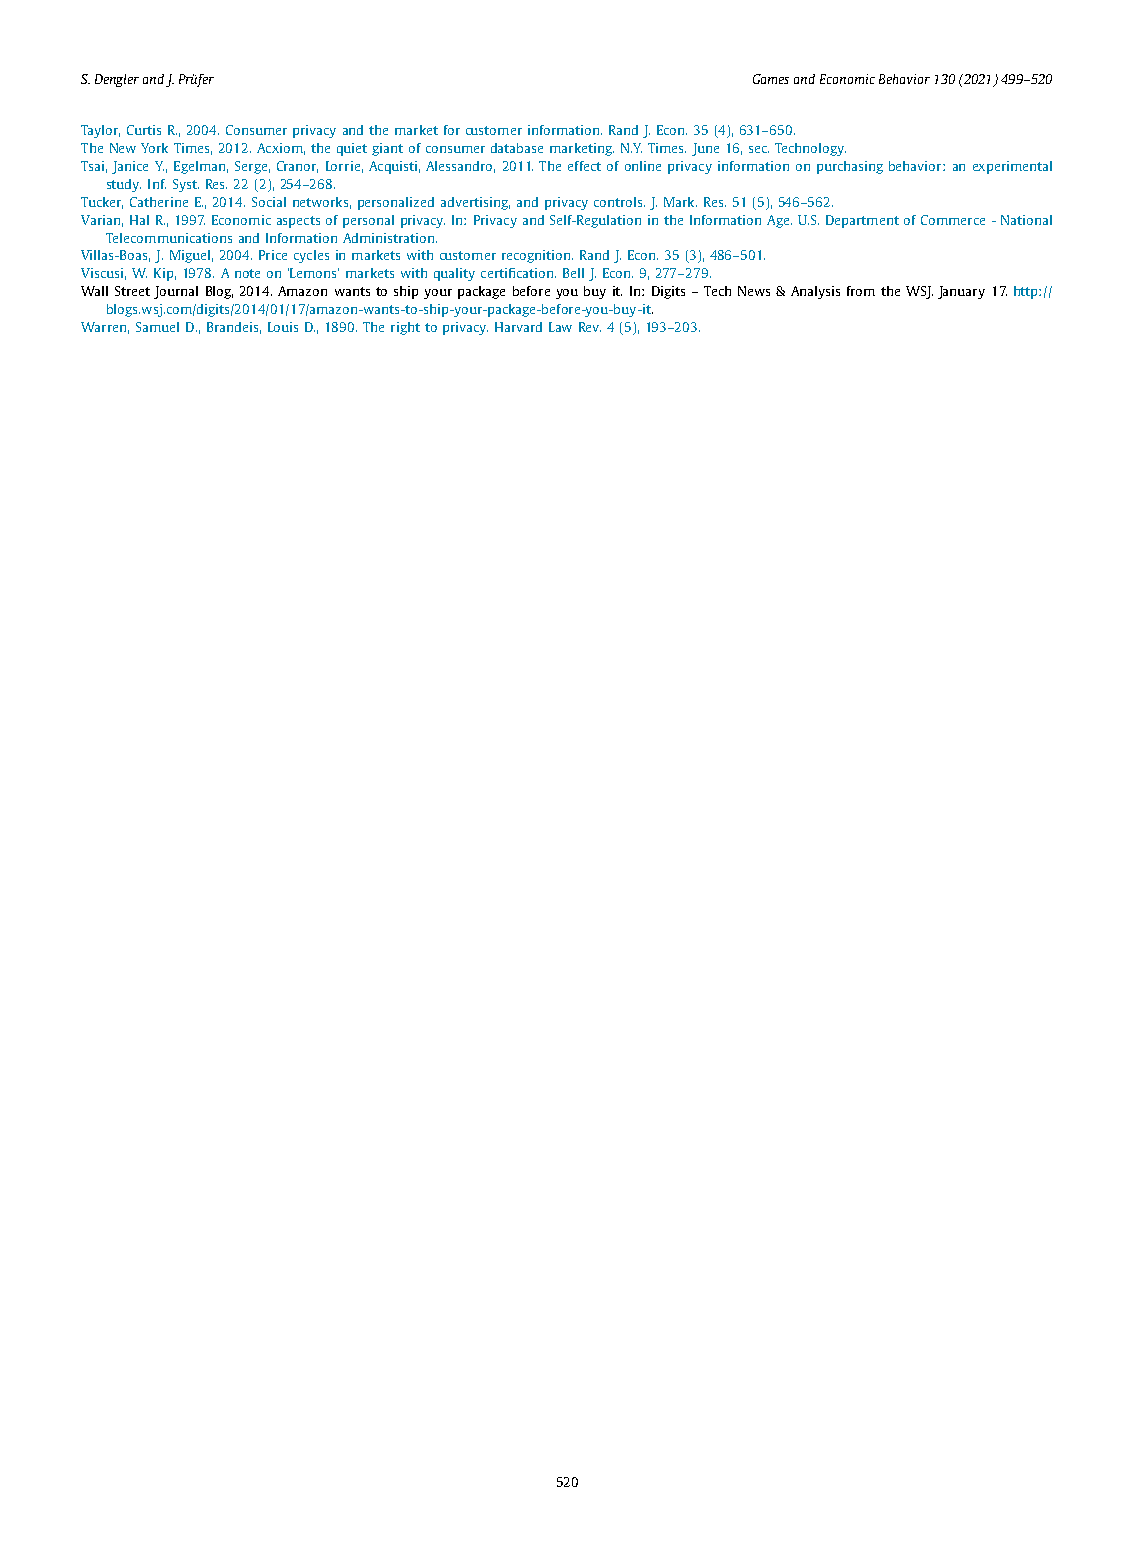
S.DenglerandJ.Prüfer                        GamesandEconomicBehavior130(2021)499–520
 Taylor, Curtis R., 2004. Consumer privacy and the market for customer information. Rand J. Econ.35 (4), 631–650.
 The New York Times, 2012. Acxiom, the quiet giant of consumer database marketing. N.Y. Times. June 16, sec. Technology.
 Tsai, Janice Y., Egelman, Serge, Cranor, Lorrie, Acquisti, Alessandro, 2011. The effect of online privacy information on purchasing behavior: an experimental
 study. Inf. Syst. Res.22 (2), 254–268.
 Tucker, Catherine E., 2014. Social networks, personalized advertising, and privacy controls. J. Mark. Res.51 (5), 546–562.
 Varian, Hal R., 1997. Economic aspects of personal privacy. In: Privacy and Self-Regulation in the Information Age. U.S. Department of Commerce -National
 Telecommunications and Information Administration.
 Villas-Boas, J. Miguel, 2004. Price cycles in markets with customer recognition. Rand J. Econ.35 (3), 486–501.
 Viscusi, W. Kip, 1978. A note on ‘Lemons’ markets with quality certification. Bell J. Econ.9, 277–279.
 Wall Street Journal Blog, 2014. Amazon wants to ship your package before you buy it. In: Digits – Tech News & Analysis from the WSJ. January 17. http://
 blogs .wsj .com /digits /2014 /01 /17 /amazon -wants -to -ship -your-package -before -you -buy-it.
 Warren, Samuel D., Brandeis, Louis D., 1890. The right to privacy. Harvard Law Rev.4 (5), 193–203.
 520